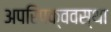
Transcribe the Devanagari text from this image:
अपरिपक्ववस्था